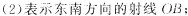
(2)表示东南方向的射线OB；